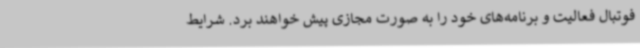
فوتبال فعالیت و برنامه‌های خود را به صورت مجازی پیش خواهند برد. شرایط